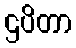
ဌပိတာ